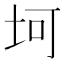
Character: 坷